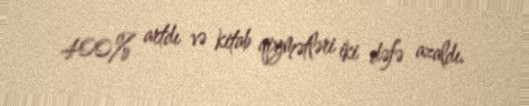
400% artdı və kitab qiymətləri iki dəfə azaldı.